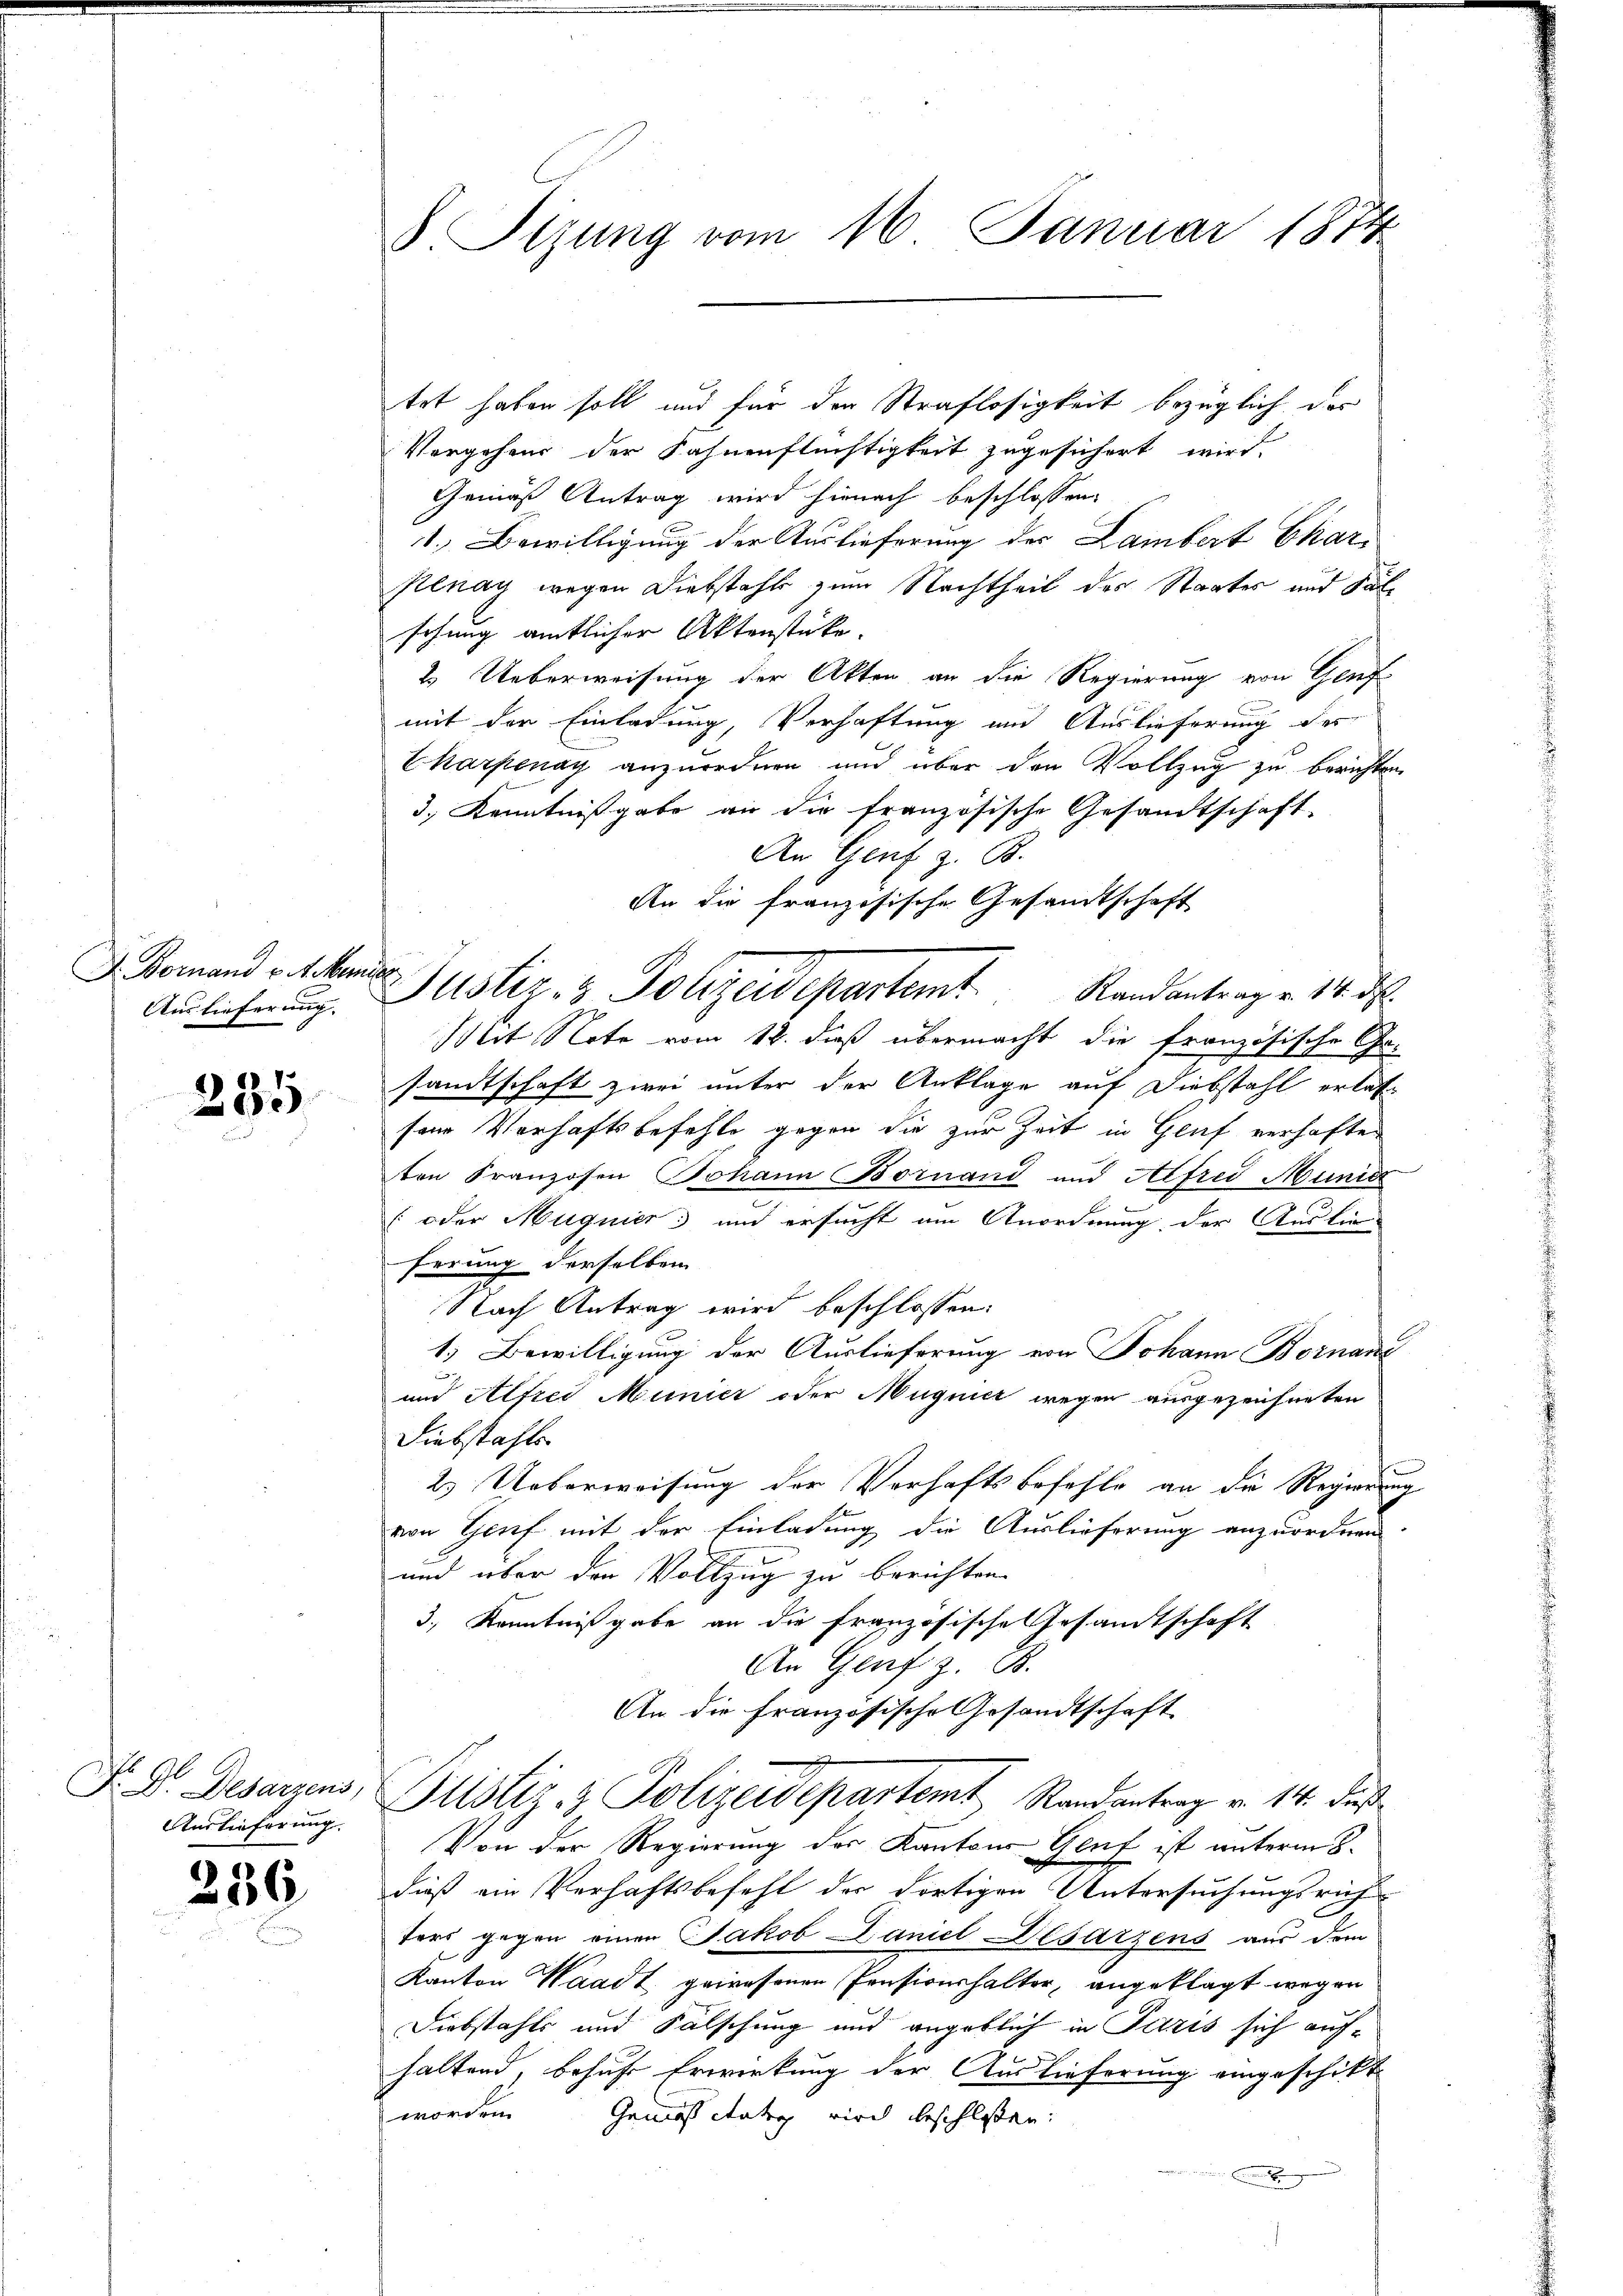
D. Vornand v. 4. Marier
Auslieferung. |

285

1
Auslieferung.

236

8. Sizung vom 16. Januar 1874.

tet haben soll und für der Straflosigkeit bezüglich das
Vorgehens der Fahnenflüchtigkeit zugesichert wird.
Gemäß Antrag wird hienach beschlossen:
1.) Bewilligung der Auslieferung der Lambert Char¬
Kenay wegen Diebstahls zum Nachtheil des Staates und Palschung amtlicher Aktenstücke.
2. Ueberweisung der Akten an die Regierung von Genfmit der Einladung, Verhaftung und Auslieferung des
Ekarpenay anzuordnen und über den Vollzug zu berichten
3.) Kenntnißgabe an die französische Gesandtschaft.
An Genf z. B.
An die französische Gesandtschaft
Mit Note vom 12. dieß übermacht die französische Ge-
sandtschaft zwei unter der Anklage auf Diebstahl erlas-
sene Verhaftsbefehle gegen die zur Zeit in Genf verhaften
ten Franzosen Johann Bornand und Alfred Munic
 oder Magnier; und ersucht um Anordnung, der Auslie-
ferung derselben
Nach Antrag wird beschlossen:
1.) Bewilligung der Auslieferung von Johann Bornan
.
und Alfrei Munier oder Muquier wegen ausgezeichneten
Diebstahls
2. Ueberweisung der Verhaftsbefehle an die Regierung
von Genf mit der Einladung die Auslieferung anzuordnen
und über den Vollzug zu berichten.
3., Kenntnißgabe an die französische Gesandtschaft
An Genf z. B.
An die Französische Gesandtschaft
.
F. Dr. Desarzens, Plistiz- & Polizeidepartemt Randantrag v. 14. Fuß
Von der Regierung des Kantons Genf ist unterm 8.
dieß ein Verhaftsbefehl der dortigen Untersuchungsrich
ters gegen einen Jakob Daniel Desarzens aus dem
Kanton Waadt gewesenen Pensionshalter, angeklagt wegen
Diebstahls und Fälschung und angeblich in Paris sich aufhaltend, behufe Erwirkung der Auslieferung eingeschikt
worden Gemässitati wird beschlossen:

Justiz- & Polizeidepartemt. Randantrag v. 18. d.